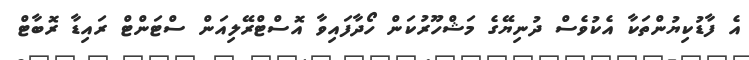
އެ ފާޑުކިޔުންތަކާ އެކުވެސް ދުނިޔޭގެ މަޝްހޫރުކަން ހޯދާފައިވާ އޮސްޓްރޭލިއަން ސްޓަންޓް ރައިޑާ ރޮބާޓް